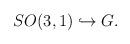
LaTeX: \begin{align*}SO(3,1) \hookrightarrow G. \end{align*}